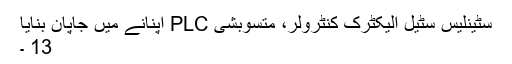
سٹینلیس سٹیل الیکٹرک کنٹرولر، متسوبشی PLC اپنانے میں جاپان بنایا
13 ۔